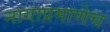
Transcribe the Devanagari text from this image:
नागाप्रमाणेच